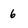
Character: 6